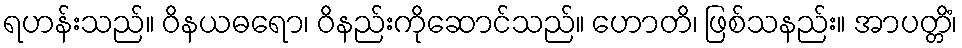
ရဟန်းသည်။ ဝိနယဓရော၊ ဝိနည်းကိုဆောင်သည်။ ဟောတိ၊ ဖြစ်သနည်း။ အာပတ္တိံ၊